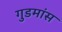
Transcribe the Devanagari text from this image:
गुडमांस